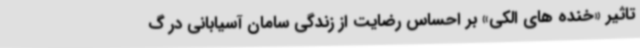
تاثیر «خنده های الکی» بر احساس رضایت از زندگی سامان آسیابانی در گ